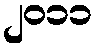
၂၀၁၁